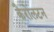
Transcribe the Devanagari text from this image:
कैरोलटन